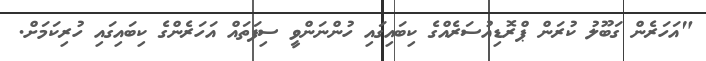
"އަހަރެން ގަބޫލު ކުރަން ޕްރޮޑިއުސަރެއްގެ ކިބައިގައި ހުންނަންވީ ސިފަތައް އަހަރެންގެ ކިބައިގައި ހުރިކަމަށް.